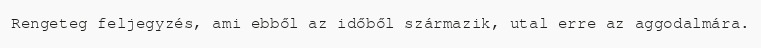
Rengeteg feljegyzés, ami ebből az időből származik, utal erre az aggodalmára.